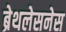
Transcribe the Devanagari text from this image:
ब्रेथलेसनेस